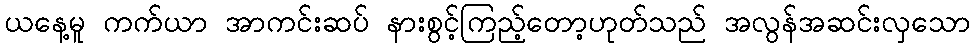
ယနေ့မူ ကက်ယာ အာကင်းဆပ် နားစွင့်ကြည့်တော့ဟုတ်သည် အလွန်အဆင်းလှသော